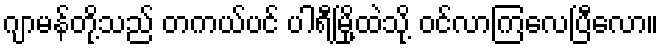
ဂျာမန်တို့သည် တကယ်ပင် ပါရီမြို့ထဲသို့ ဝင်လာကြလေပြီလော။